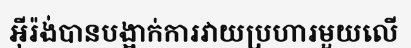
អ៊ីរ៉ង់បានបង្អាក់ការវាយប្រហារមួយលើ